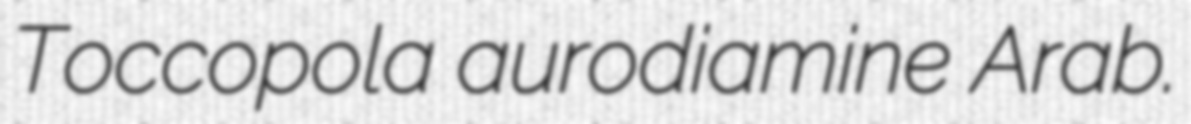
Toccopola aurodiamine Arab.